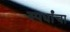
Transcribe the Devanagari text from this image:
स्पर्धांंचा